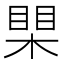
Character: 𪳐